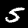
Label: 5